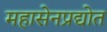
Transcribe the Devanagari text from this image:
महासेनप्रद्योत